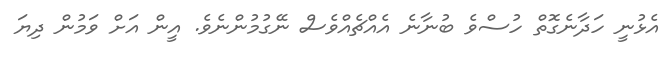
އެޅުނީ ހަދާނެގޮތް ހުސްވެ ބުނާނެ އެއްޗެއްވެސް ނޭގުމުންނެވެ. އީން އަށް ވަމުން ދިޔަ